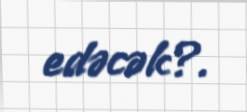
edəcək?.